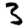
Digit: 3